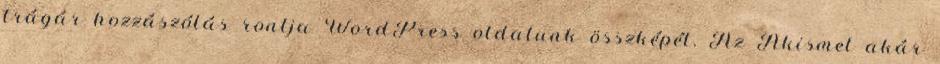
trágár hozzászólás rontja WordPress oldalunk összképét. Az Akismet akár